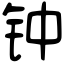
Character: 钟